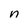
Character: n